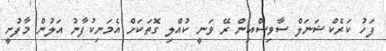
ފަހު ކަރެކްޝަނަލް ސާވިސްއިން ރޭ ވަނީ ކުއްލި ގޮތަކަށް އެމަނިކުފާނު އަލުން މާފުށީ